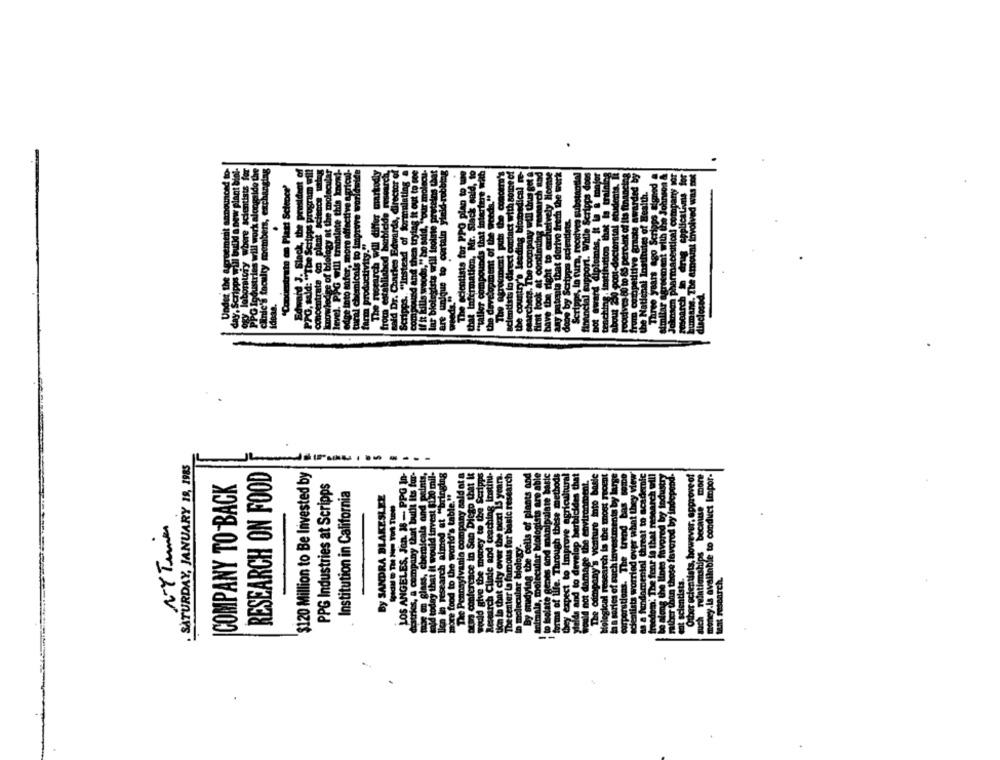
DOURON
SATURDAY, JANUARY 19, 1985
----
-------
datries, & company that built its fur-
said today that it would tarvost $120 mil-
Opony saldot a
Pihen in Soo Dieto that It
RESEARCH ON FOOD
$120 Million to Be Invested by
LOS ANGELES, Jon. 18 - PPG In-
Chemicals and paints,
llen in research aimed at "bringing
COMPANY TO BACK
PPG Industries at Scripps
more food to the world's table. "
Institution in California
By SANDRA BLAKESLEE
NY Times
The Pennsylvania compar
mog on glass, che